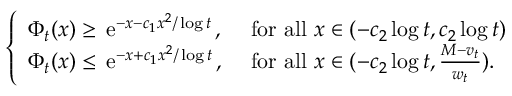
\left\{ \begin{array} { l l } { \Phi _ { t } ( x ) \geq \, \mathrm { e } ^ { - x - c _ { 1 } x ^ { 2 } / \log t } \, , } & { \mathrm { ~ f o r ~ a l l ~ } x \in ( - c _ { 2 } \log t , c _ { 2 } \log t ) } \\ { \Phi _ { t } ( x ) \leq \, \mathrm { e } ^ { - x + c _ { 1 } x ^ { 2 } / \log t } \, , } & { \mathrm { ~ f o r ~ a l l ~ } x \in ( - c _ { 2 } \log t , \frac { M - v _ { t } } { w _ { t } } ) . } \end{array} \right.